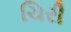
ચિરી